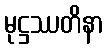
မုဋ္ဌဿတိနာ